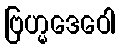
ဗြဟ္မဒေဝေါ